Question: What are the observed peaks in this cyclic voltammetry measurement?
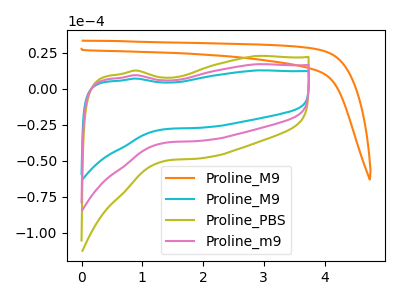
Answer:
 <answer>The orange curve "Proline_M9" has no peaks. The cyan curve "Proline_M9" has no peaks. The olive curve "Proline_PBS" has no peaks. The pink curve "Proline_m9" has no peaks.</answer>
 <eval></eval>